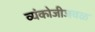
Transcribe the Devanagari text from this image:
व्यंकोजीजवळ